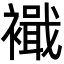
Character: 𮖹